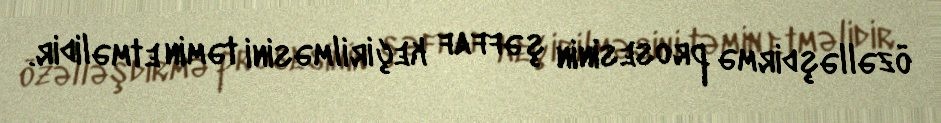
özəlləşdirmə prosesinin şəffaf keçirilməsini təmin etməlidir.